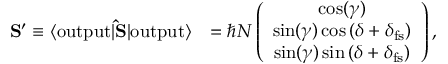
\begin{array} { r l } { { \bf S } ^ { \prime } \equiv \langle \mathrm { o u t p u t } | { \bf \hat { S } } | \mathrm { o u t p u t } \rangle } & { = \hbar N \left( \begin{array} { c } { \cos ( \gamma ) } \\ { \sin ( \gamma ) \cos \left( \delta + \delta _ { \mathrm { f s } } \right) } \\ { \sin ( \gamma ) \sin \left( \delta + \delta _ { \mathrm { f s } } \right) } \end{array} \right) , } \end{array}